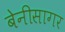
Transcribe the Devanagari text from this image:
बेनीसागर